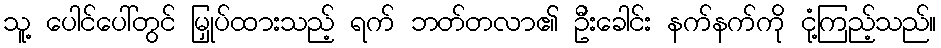
သူ့ ပေါင်ပေါ်တွင် မြှုပ်ထားသည့် ရက် ဘတ်တလာ၏ ဦးခေါင်း နက်နက်ကို ငုံ့ကြည့်သည်။